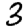
Digit: 3